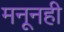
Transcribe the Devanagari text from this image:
मनूनही